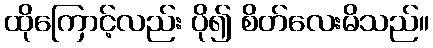
ထိုကြောင့်လည်း ပို၍ စိတ်လေးမိသည်။